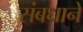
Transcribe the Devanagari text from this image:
संबधाने